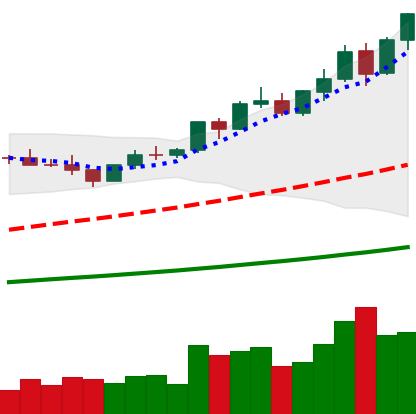
Ticker: BNB-USD
Chart end date: 2021-04-09
Forward return: 21.275%
Label: up_7plus